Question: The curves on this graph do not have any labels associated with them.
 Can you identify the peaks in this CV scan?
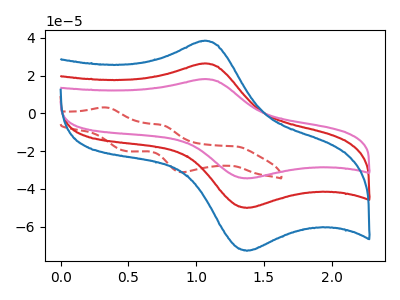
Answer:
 <answer>The red curve "red" has an anodic peak at (1.05V, 26.40uA) and a cathodic peak at (1.35V, -50.00uA). The red dashed curve "red dashed" has anodic peaks at (0.35V, 3.20uA) (0.75V, -6.10uA) and cathodic peaks at (1.30V, -17.40uA) (0.90V, -31.10uA) (0.50V, -20.00uA). The pink curve "pink" has an anodic peak at (1.05V, 18.15uA) and a cathodic peak at (1.35V, -34.40uA). The blue curve "blue" has an anodic peak at (1.05V, 52.85uA) and a cathodic peak at (1.35V, -100.05uA).</answer>
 <eval></eval>